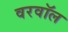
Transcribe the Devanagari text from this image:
वरवॉल